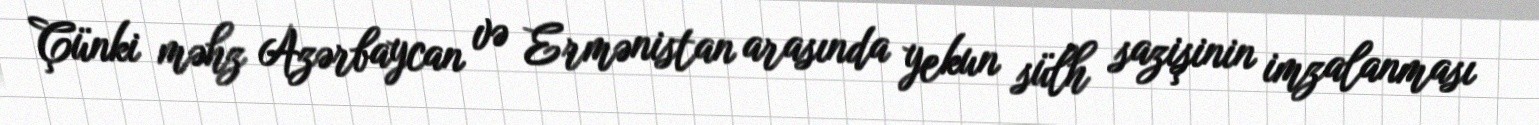
Çünki məhz Azərbaycan və Ermənistan arasında yekun sülh sazişinin imzalanması